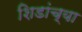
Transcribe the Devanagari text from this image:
शिडांच्या